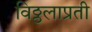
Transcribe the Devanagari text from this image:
विठ्ठलाप्रती